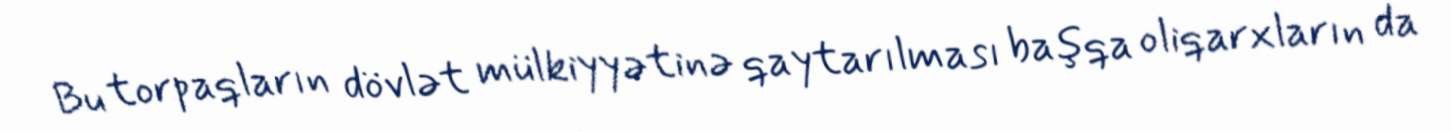
Bu torpaqların dövlət mülkiyyətinə qaytarılması başqa oliqarxların da